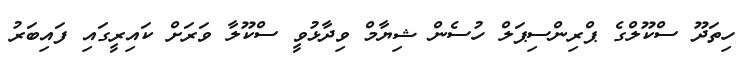
ހިތަދޫ ސްކޫލްގެ ޕްރިންސިޕަލް ހުސެން ޝިޔާމް ވިދާޅުވީ ސްކޫލާ ވަރަށް ކައިރީގައި ފައިބަރު